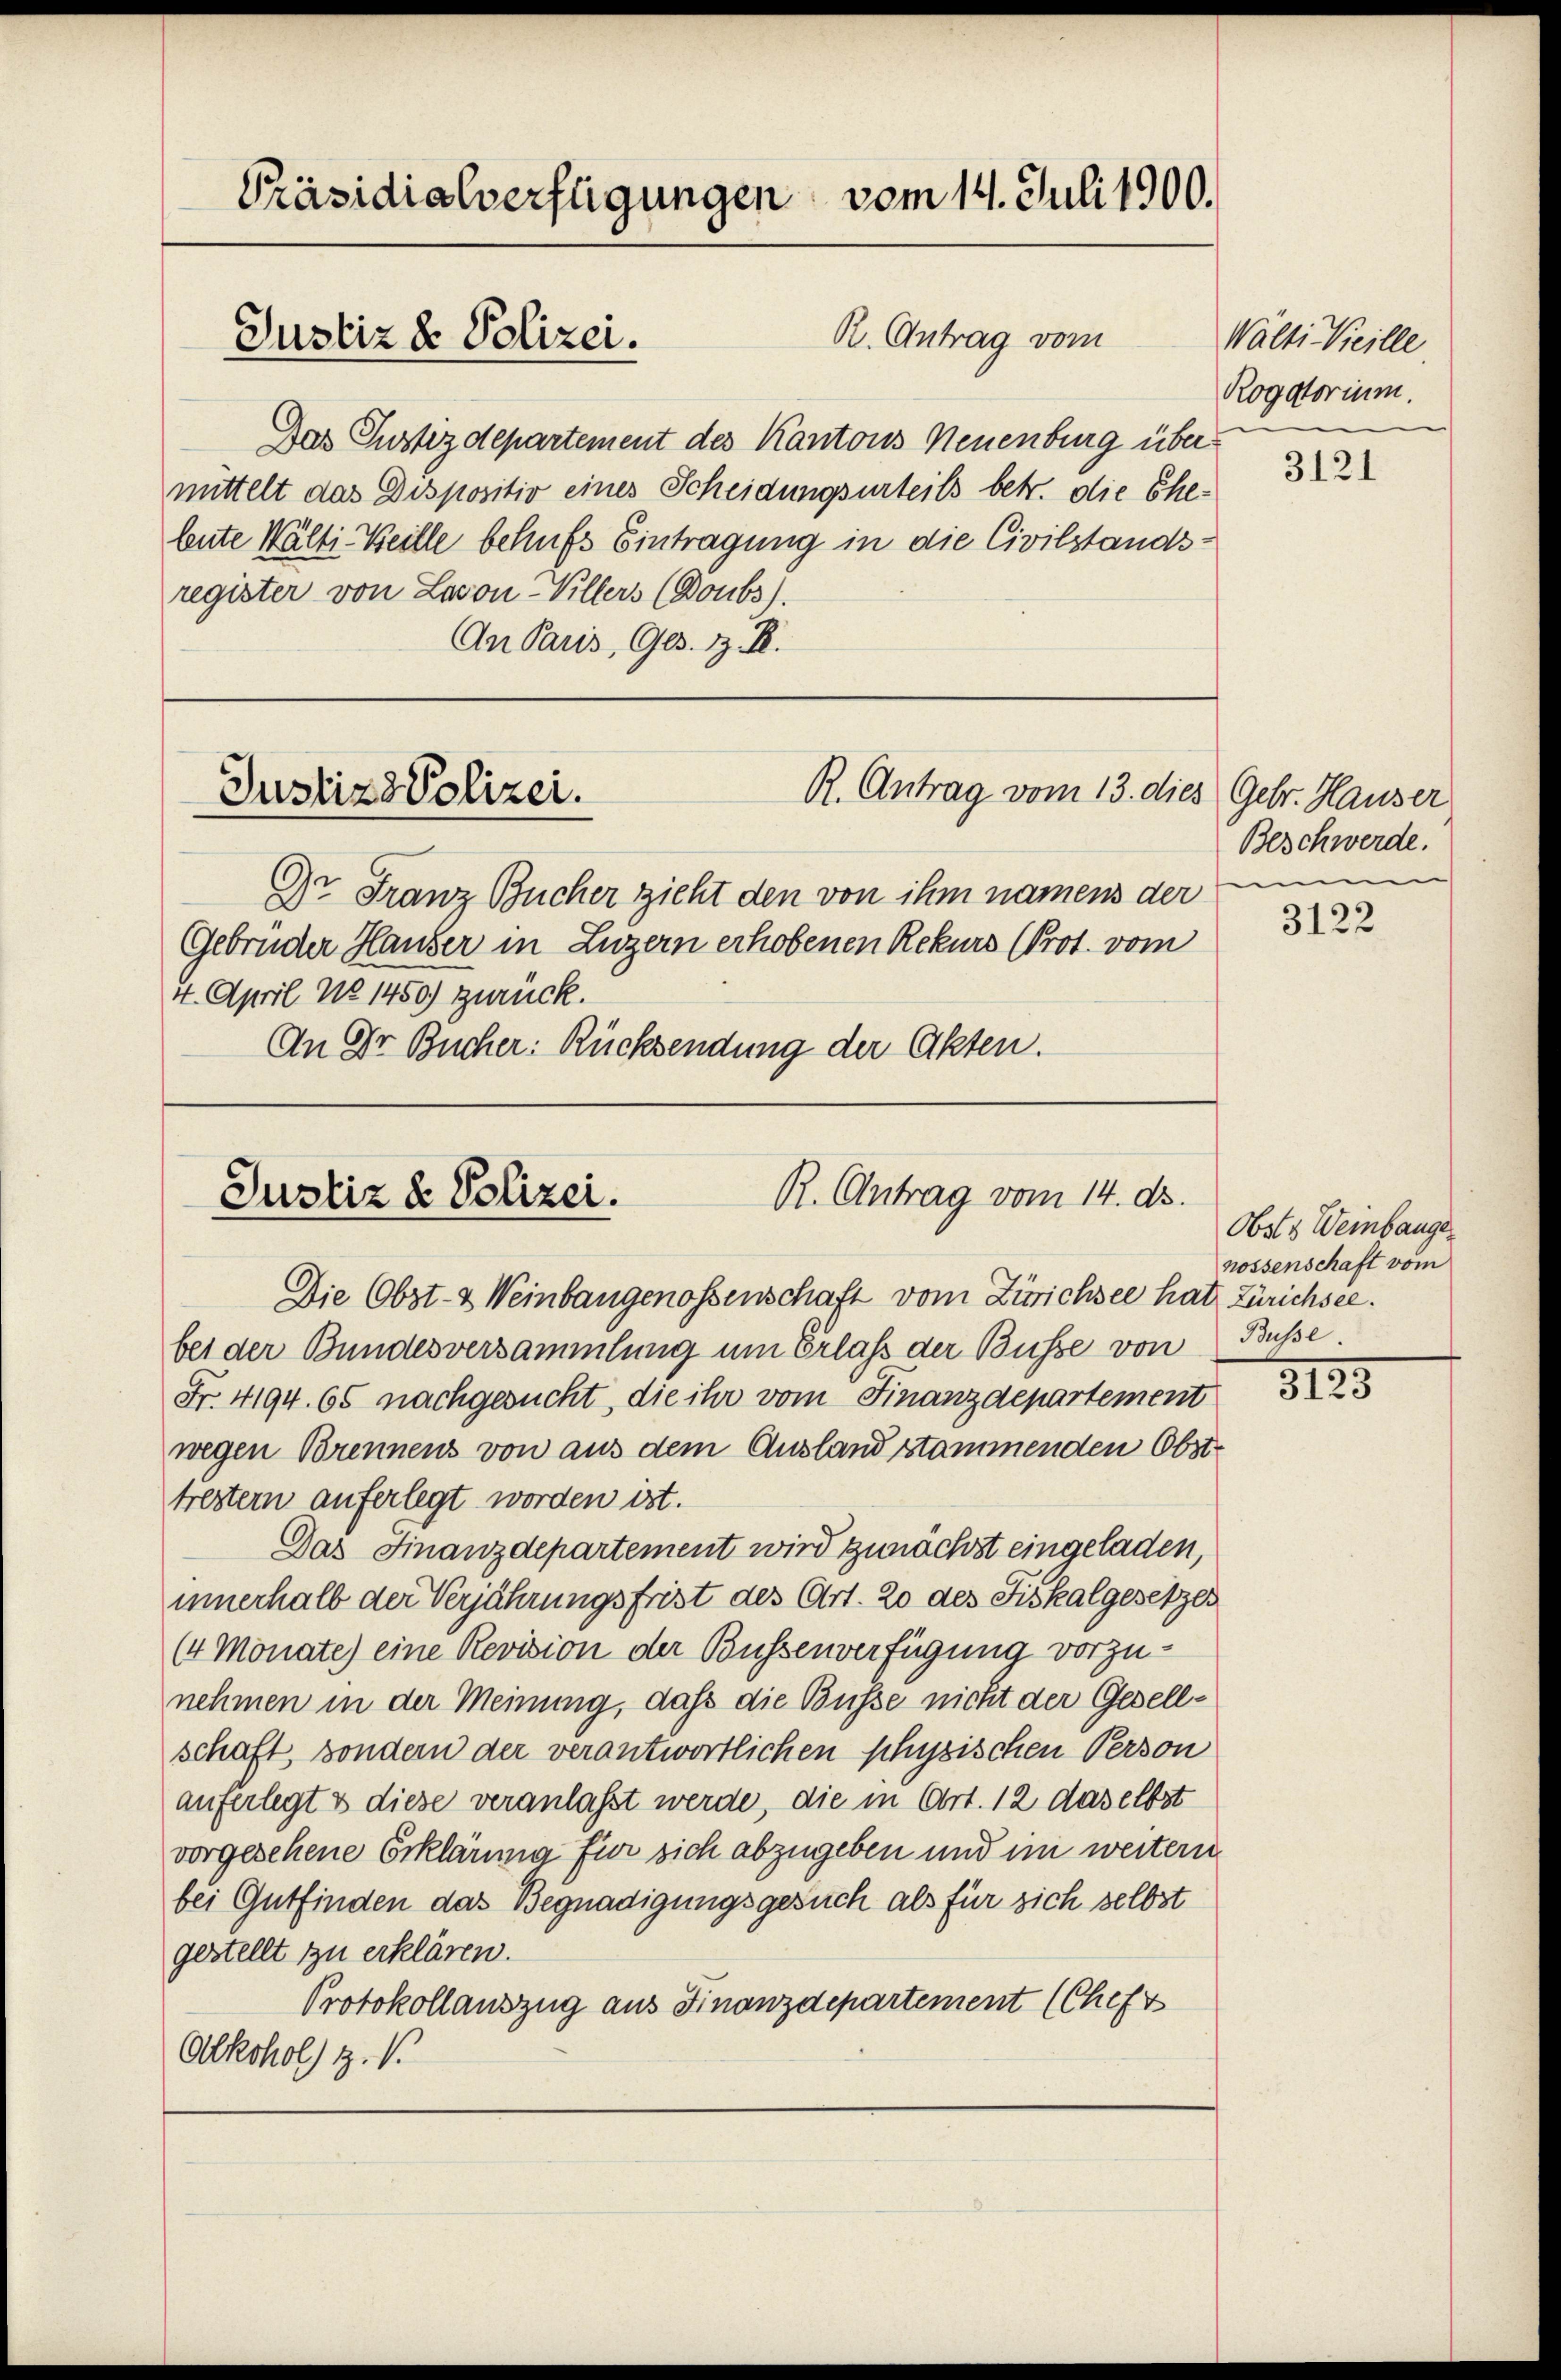
Präsidialverfügungen vom 14. Juli 1900.
R. Antrag vom
Justiz & Polizei.

Das Justizdepartement des Kantons Neuenburg über
mittelt das Dispositio eines Scheidungsurteils betr. die Ehebute Wälti-Weille behufs Eintragung in die Civilstandsregister von Lavon Villers (Doubs).
An Paris, Ges. z. B.

R. Antrag vom 13. dies
Justiz & Polizei.

R. Antrag vom 14. ds.
Justiz & Polizei.

Dr. Franz Bücher zieht den von ihm namens der
Gebrüder Hauser in Luzern erhobenen Rekurs (Prot. vom
4. April No 1450) zurück.
An Dr Bücher: Rücksendung der Akten.

Wälti Weille
Rogatorium

Die Obst- & Weinbaugenossenschaft vom Zürichsee hat Zürichsee.
bei der Bundesversammlung um Erlass der Busse von Busse
Fr. 4194. 65 nachgesucht, die ihr vom Finanzdepartement
wegen Brennens von aus dem Ausland stammenden Obsttrestern auferlegt worden ist.
Das Finanzdepartement wird zunächst eingeladen,
innerhalb der Verjährungsfrist des Art. 20 des Fiskalgesetzes
(4 Monate) eine Revision der Bussenverfügung vorzunehmen in der Meinung, daß die Büsse nicht der Gesellschaft, sondern der verantwortlichen physischen Person
auferlegt & diese veranlasst werde, die in Art. 12 daselbst
vorgesehene Erklärung für sich abzugeben und im weitern
bei Gutfinden das Begnadigungsgesuch als für sich selbst
gestellt zu erklären.
Protokollauszug aus Finanzdepartement (Cheft
Alkohol) z. B.

3121

Gebr. Hauser
Beschwerde.
m

3122

Obst & Weinbauge
nossenschaft vom

3125